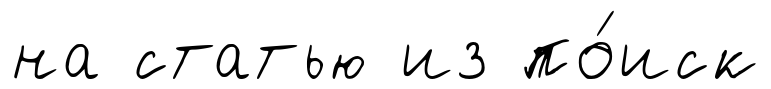
на статью из по́иск